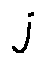
j